Distribution and causation of leprosy in British India
Year: 1875
Disease focus: Leprosy
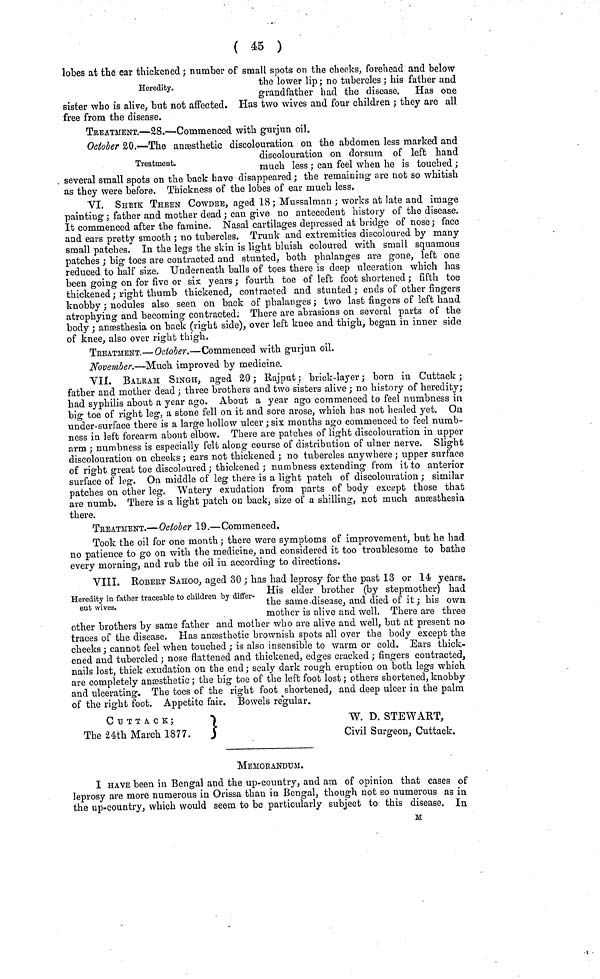
( 45 )
Heredity.
lobes at the ear thickened ; number of small spots on the cheeks, forehead and below
the lower lip ; no tubercles ; his father and
grandfather had the disease. Has one
sister who is alive, but not affected. Has two wives and four children ; they are all
free from the disease.
TREATMENT.—28.—Commenced with gurjun oil.
Treatment.
October 20.—The ansesthetic discolouration on the abdomen less marked and
discolouration on dorsum of left hand
much less ; can feel when he is touched ;
several small spots on the back have disappeared ; the remaining are not so whitish
as they were before. Thickness of the lobes of ear much less.
VI. SHETK THEEN COWDEE, aged 18; Mussalman ; works at late and image
painting ; father and mother dead ; can give no antecedent history of the disease.
It commenced after the famine. Nasal cartilages depressed at bridge of nose ; face
and ears pretty smooth ; no tubercles. Trunk and extremities discoloured by many
small patches. In the legs the skin is light bluish coloured with small squamous
patches ; big toes are contracted and stunted, both phalanges are gone, left one
reduced to half size. Underneath balls of toes there is deep ulcération which has
been going on for five or six years ; fourth toe of left foot shortened ; fifth toe
thickened; right thumb thickened, contracted and stunted; ends of other fingers
knobby ; nodules also seen on back of phalanges ; two last fingers of left hand
atrophying and becoming contracted. There are abrasions on several parts of the
body ; anæsthesia on back (right side), over left knee and thigh, began in inner side
of knee, also over right thigh.
TREATMENT.—October.—Commenced with gurjun oil.
November.—Much improved by medicine.
VII. BALRAM SINGH, aged 20 ; Rajput ; brick-layer ; born in Cuttack ;
father and mother dead ; three brothers and two sisters alive ; no history of heredity;
had syphilis about a year ago. About a year ago commenced to feel numbness in
big toe of right leg, a stone fell on it and sore arose, which has not healed yet. Ou
under-surface there is a large hollow ulcer ; six months ago commenced to feel numb-
ness in left forearm about elbow. There are patches of light discolouration in upper
arm ; numbness is especially felt along course of distribution of ulner nerve. Slight
discolouration on cheeks ; ears not thickened ; no tubercles anywhere ; upper surface
of right great toe discoloured ; thickened ; numbness extending from it to anterior
surface of leg. On middle of leg there is a light patch of discolouration ; similar
patches on other leg. Watery exudation from parts of body except those that
are numb. There is a light patch on back, size of a shilling, not much anæsfchesia
there.
TREATMENT.—October 19.—Commenced.
Took the oil for one month ; there were symptoms of improvement, but he had
no patience to go on with the medicine, and considered it too troublesome to bathe
every morning, and rub the oil in according to directions.
Heredity in father traceable to children by differ-
ent wives.
VIII. ROBERT SAHOO, aged 30 ; has had leprosy for the past 13 or 14 years.
His elder brother (by stepmother) had
the same disease, and died of it ; his own
mother is alive and well. There are three
other brothers by same father and mother who are alive and well, but at present no
traces of the disease. Has anæsthetic brownish spots all over the body except the
cheeks ; cannot feel when touched ; is also insensible to warm or cold. Ears thick-
ened and tubercled ; nose flattened and thickened, edges cracked ; fingers contracted,
nails lost, thick exudation on the end ; scaly dark rough eruption on both legs which
are completely anæsthetic; the big toe of the left foot lost; others shortened, knobby
and ulcerating. The toes of the right foot shortened, and deep ulcer in the palm
of the right foot. Appetite fair. Bowels regular.
CUTTACK;
The 24th March 1877.
W. D. STEWART,
Civil Surgeon, Cuttack.
MEMORANDUM.
I HAVE been in Bengal and the up-country, and am of opinion that cases of
leprosy are more numerous in Orissa than in Bengal, though not so numerous as in
the up-country, which would seem to be particularly subject to this disease. In
M